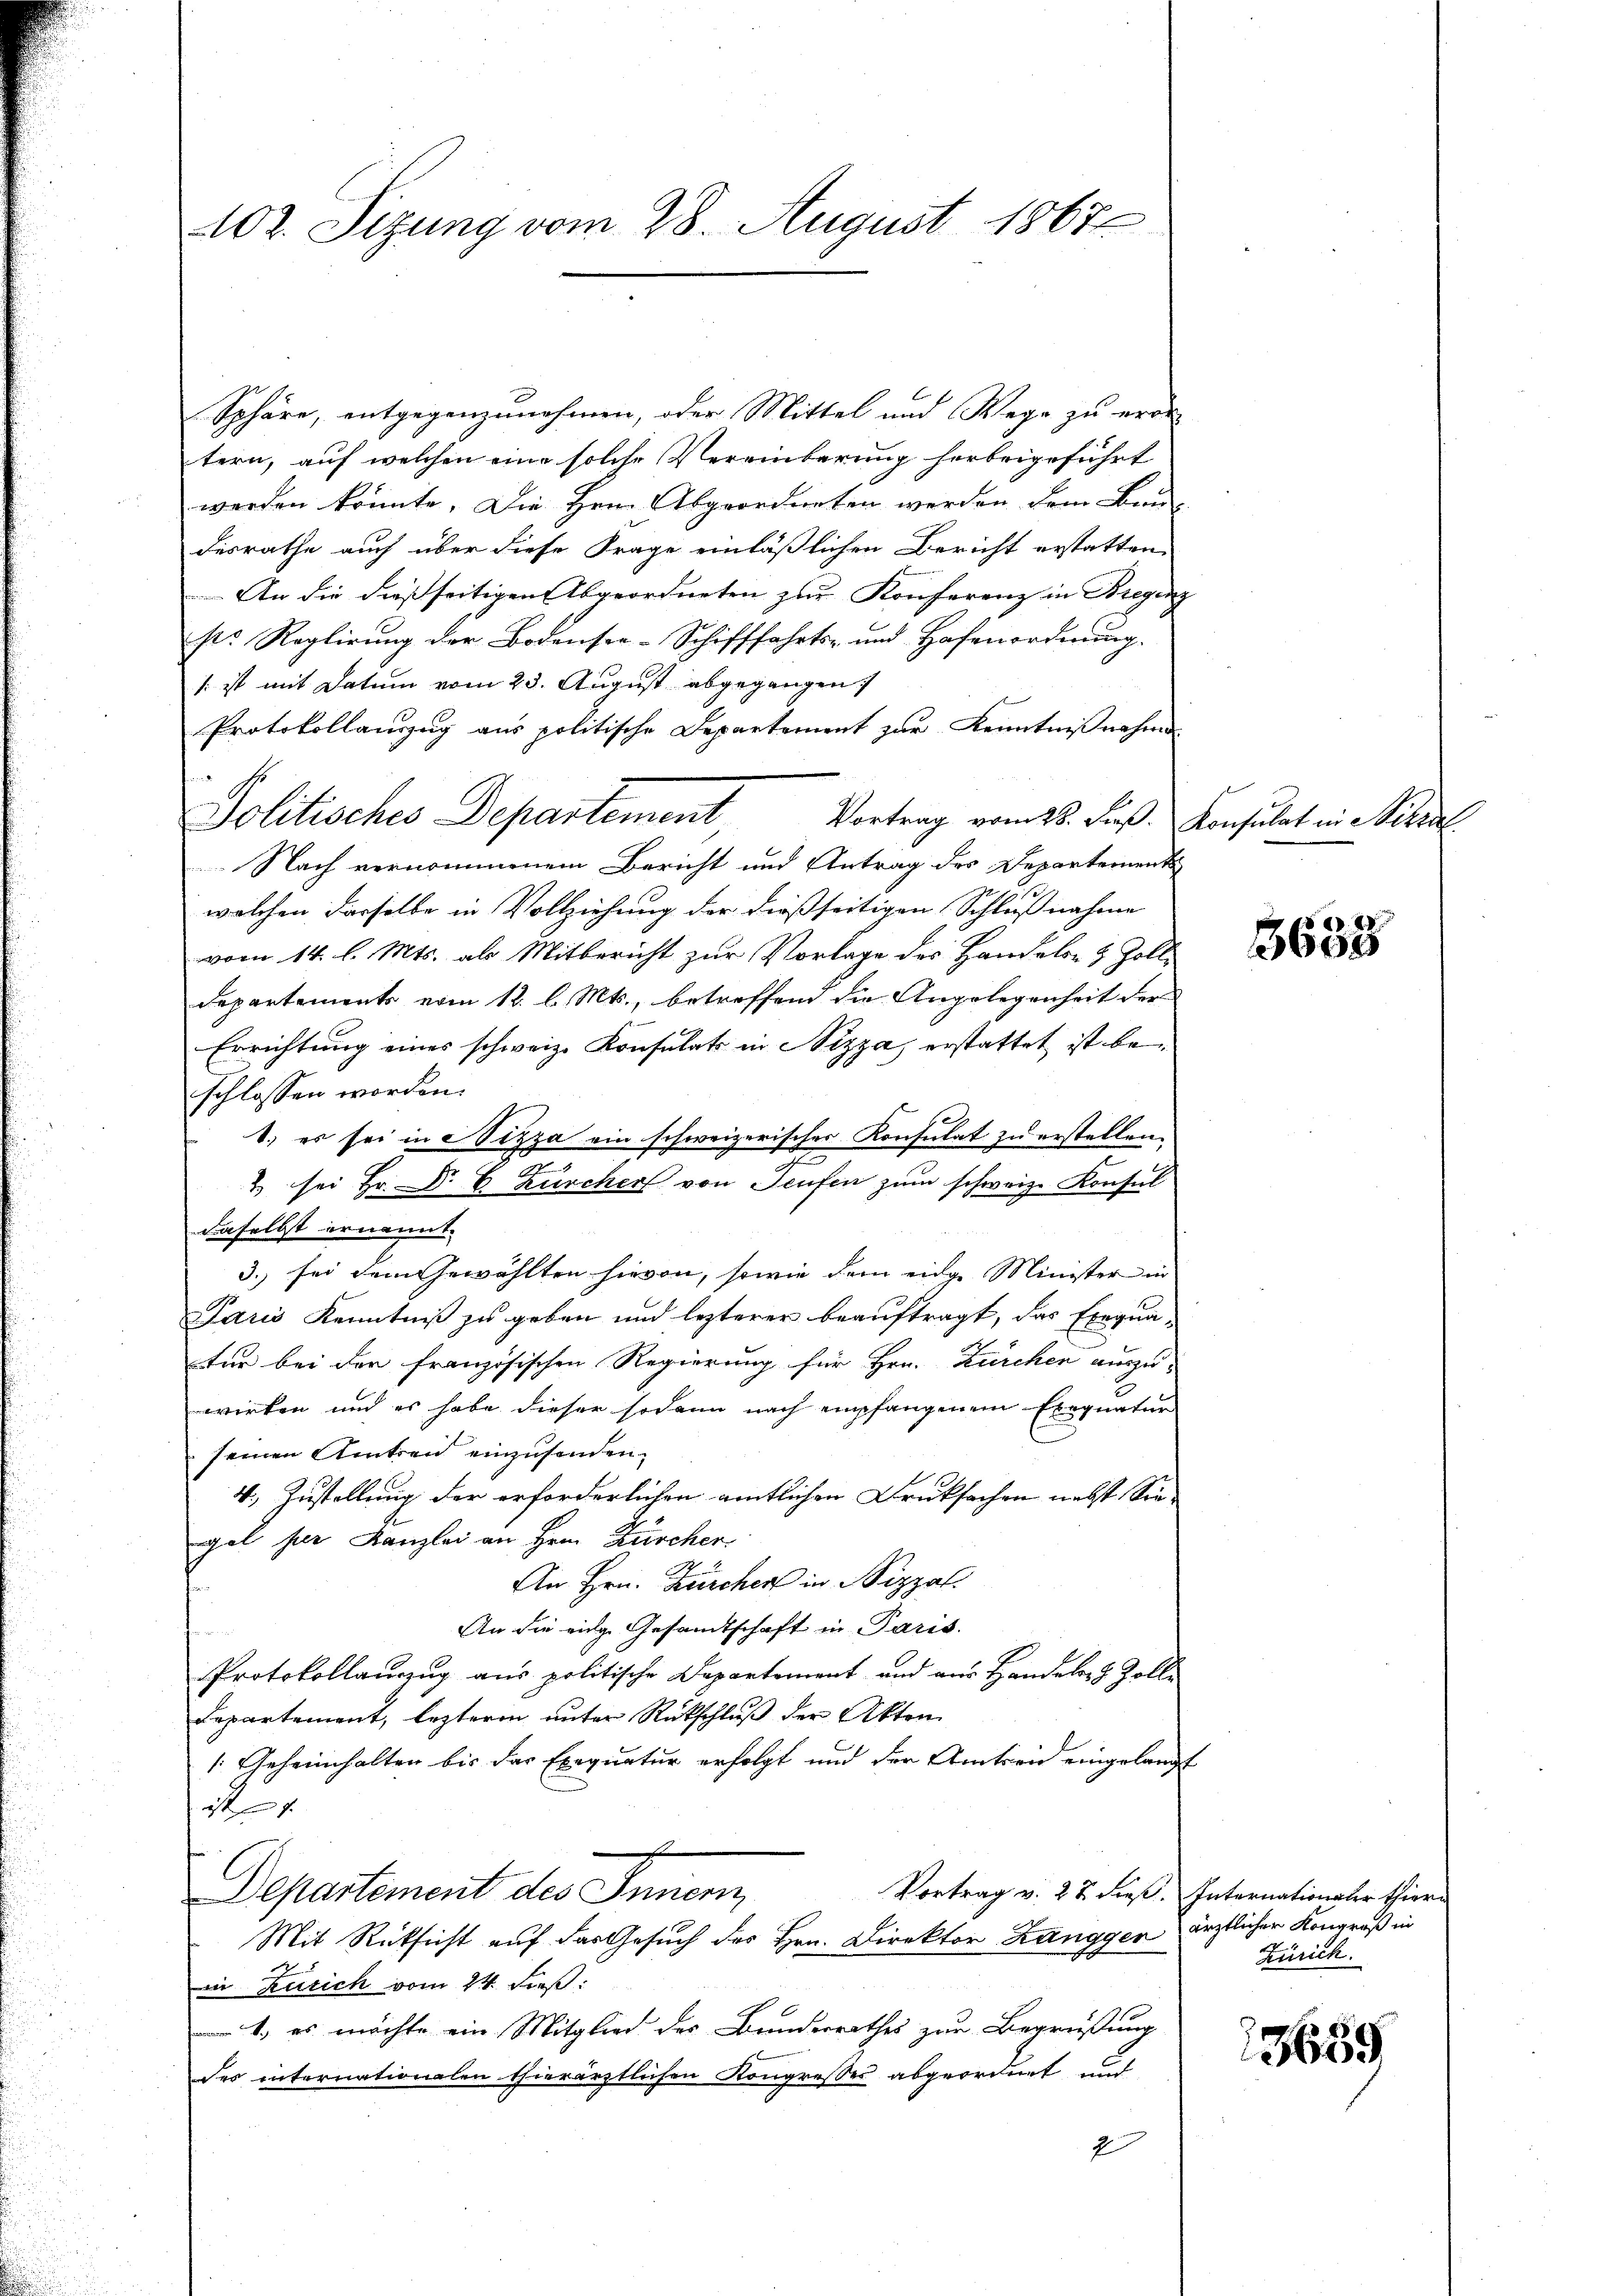
102. Sizung vom 28. August 1867

Sphäre, entgegenzunehmen, oder Mittel und Wege zu erin
tern, auf welchen eine solche Vereinbarung herbeigeführt
werden könnte. Die Hrn. Abgeordneten werden dem Bun-
desrathe auch über diese Frage einläßlichen Bericht erstatten.
An die dießseitigen Abgeordneten zur Konferenz in Bregenz
sr. Reglirung der Bodensee-Schifffahrts- und Hafenordnung.
 ist mit Datum vom 23. August abgegangen
Protokollauszug aus politische Departement zur Kenntnißnahme
Politisches Departement
Vortrag vom 28. dieß. Konsulat in Sterzal
Nach vernommenem Bericht und Antrag des Departement
welchen derselbe in Vollziehung der dießseitigen Schlußnahme
vom 14. l. Mts. als Mitbericht zur Vorlage des Handels- & Zoll-
Departements vom 12. l. Mts., betreffend die Angelegenheit der
Errichtung eines schweiz. Konsulats in Nizza, erstattet ist beschlossen worden.
1.) es sei in Nizza ein schweizerisches Konsulat zu erstellen.
2 sei Hr. Dr. C. Zürcher von Seufen zum schweiz. Konsul
daselbst ernannt. |
3. sei dem Gewählten hievon, sowie dem einge Minister in
Paris Kenntniß zu geben und lezterer beauftragt, das Exequa-
tur bei der französischen Regierung für Hrn. Zürchen auszu-
wirken und es habe dieser sodann nach empfangenem Exequatur
seinen Antreu einzusenden;
4. Zustellung der erforderlichen amtlichen Drucksachen nebst Sie-
gal der Kanzlei an Hern Zürcher
An Hrn. Zürcher in Nizzal
An die eige Gesandtschaft in Paris.
Protokollauszug aus politische Departement und aus Handels- & Zolle
Departement, lezteren unter Rückschluß der Akten
[Geheimhalten bis das Exequatur erfolgt und der Amtseid eingelangt
2f 0 x
Departement des Innern,
Vortrag v. 22 dieß. Internationaler Thier
Mit Rücksicht auf das Gesuch des Hrn. Direktor Zanggen ärztlicher Kongroß in
in Zürich vom 24. Fieß:
1.) es möchte ein Mitglied des Bundesrathes zur Begrüßung
des internationalen thierärztlichen Kongresses abgeordnet und
2

3633

Zürich.

13659